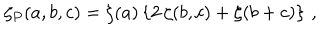
\zeta _ { P } ( a , b , c ) = \zeta ( a ) \left\{ 2 \, \zeta ( b , c ) + \zeta ( b + c ) \right\} \, ,